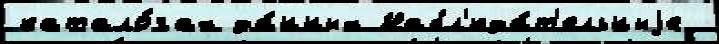
катало́гах да́нных Набл'юда́т'ельныjе